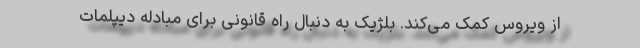
از ویروس کمک می‌کند. بلژیک به دنبال راه قانونی برای مبادله دیپلمات